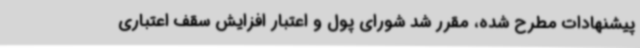
پیشنهادات مطرح شده، مقرر شد شورای پول و اعتبار افزایش سقف اعتباری